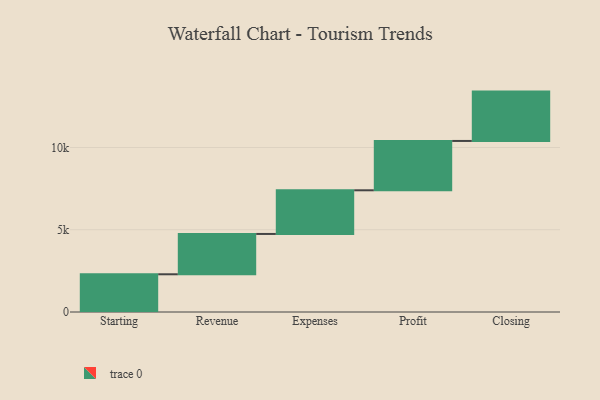
{"axis": {"x": "Step", "y": "Value"}, "legend": [""], "data": [{"x": "Starting", "y": 2293.0, "type": ""}, {"x": "Revenue", "y": 2452.0, "type": ""}, {"x": "Expenses", "y": 2654.0, "type": ""}, {"x": "Profit", "y": 3000, "type": ""}, {"x": "Closing", "y": 3000, "type": ""}]}